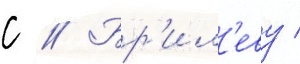
с // Бр'ил'еву /